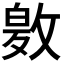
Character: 𭤂